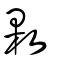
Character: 敤